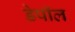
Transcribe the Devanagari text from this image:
डेपॉल